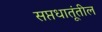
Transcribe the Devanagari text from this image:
सप्तधातूंतील